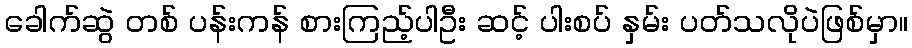
ခေါက်ဆွဲ တစ် ပန်းကန် စားကြည့်ပါဦး ဆင့် ပါးစပ် နှမ်း ပတ်သလိုပဲဖြစ်မှာ။